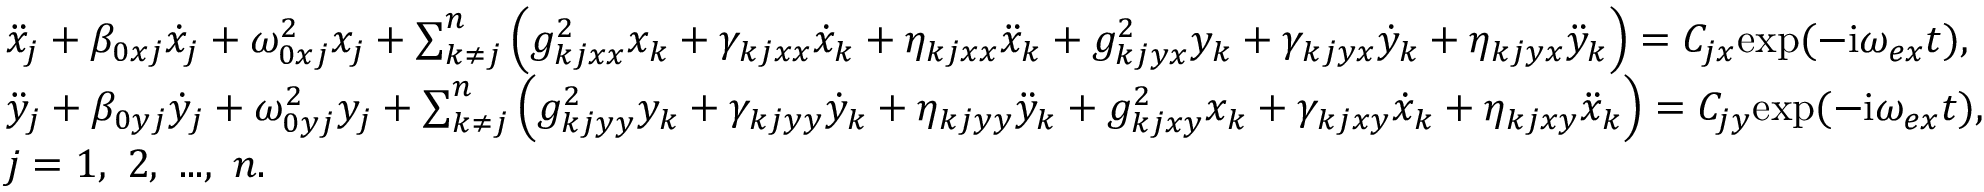
\begin{array} { r l } & { \ddot { x } _ { j } + \beta _ { 0 x j } \dot { x } _ { j } + \omega _ { 0 x j } ^ { 2 } x _ { j } + \sum _ { k \neq j } ^ { n } \left( g _ { k j x x } ^ { 2 } x _ { k } + \gamma _ { k j x x } \dot { x } _ { k } + \eta _ { k j x x } \ddot { x } _ { k } + g _ { k j y x } ^ { 2 } y _ { k } + \gamma _ { k j y x } \dot { y } _ { k } + \eta _ { k j y x } \ddot { y } _ { k } \right) = C _ { j x } \mathrm { e x p } ( - \mathrm { i } \omega _ { e x } t ) , } \\ & { \ddot { y } _ { j } + \beta _ { 0 y j } \dot { y } _ { j } + \omega _ { 0 y j } ^ { 2 } y _ { j } + \sum _ { k \neq j } ^ { n } \left( g _ { k j y y } ^ { 2 } y _ { k } + \gamma _ { k j y y } \dot { y } _ { k } + \eta _ { k j y y } \ddot { y } _ { k } + g _ { k j x y } ^ { 2 } x _ { k } + \gamma _ { k j x y } \dot { x } _ { k } + \eta _ { k j x y } \ddot { x } _ { k } \right) = C _ { j y } \mathrm { e x p } ( - \mathrm { i } \omega _ { e x } t ) , } \\ & { j = 1 , ~ 2 , ~ . . . , ~ n . } \end{array}